Indian journal of veterinary science and animal husbandry - Volume 2,
Year: 1932
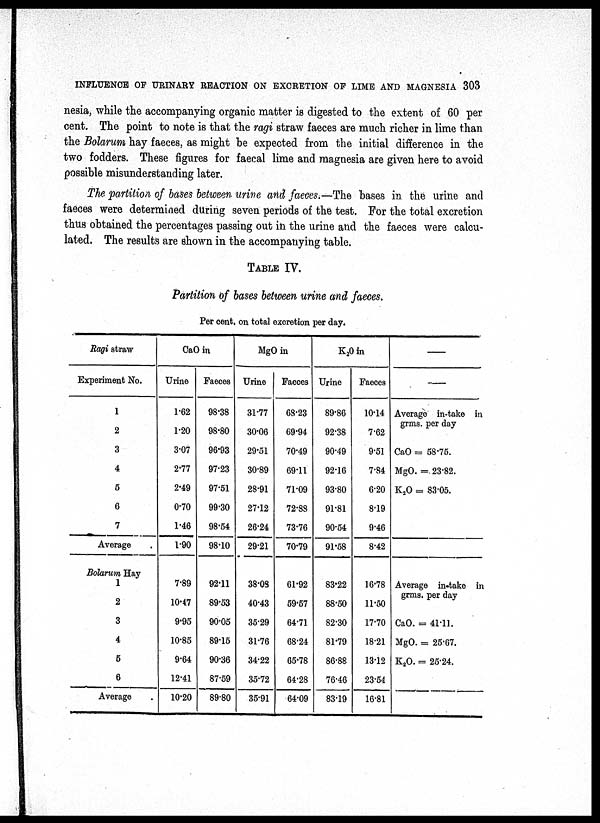
INFLUENCE OF URINARY REACTION ON EXCRETION OF LIME AND MAGNESIA 303
nesia, while the accompanying organic matter is digested to the extent of 60 per
cent. The point to note is that the ragi straw faeces are much richer in lime than
the Bolarum hay faeces, as might be expected from the initial difference in the
two fodders. These figures for faecal lime and magnesia are given here to avoid
possible misunderstanding later.
The partition of bases between urine and faeces.—The bases in the urine and
faeces were determined during seven periods of the test. For the total excretion
thus obtained the percentages passing out in the urine and the faeces were calcu-
lated. The results are shown in the accompanying table.
TABLE IV.
Partition of bases between urine and faeces.
Per cent. on total excretion per day.
Ragi straw
Experiment No.
1
2
3
4
5
6
7
Average
Bolarum Hay
1
2
3
4
5
6
Average
CaO in
Urine
1.62
1.20
3.07
2.77
2.49
0.70
1.46
1.90
7.89
10.47
9.95
10.85
9.64
12.41
10.20
Faeces
98.38
98.80
96.93
97.23
97.51
99.30
98.54
98.10
92.11
89.53
90.05
89.15
90.36
87.59
89.80
MgO in
Urine
31.77
30.06
29.51
30.89
28.91
27.12
26.24
29.21
38.08
40.43
35.29
31.76
34.22
35.72
35.91
Faeces
68.23
69.94
70.49
69.11
71.09
72.88
73.76
70.79
61.92
59.57
64.71
68.24
65.78
64.28
64.09
K 2 O in
Urine
89.86
92.38
90.49
92.16
93.80
91.81
90.54
91.58
83.22
88.50
82.30
81.79
86.88
76.46
83.19
Faeces
10.14
7.62
9.51
7.84
6.20
8.19
9.46
8.42
16.78
11.50
17.70
18.21
13.12
23.54
16.81
—
—
Average in-take in
grms. per day
CaO = 58.75.
MgO. = 23.82.
K 2 O = 83.05.
Average in-take in
grms. per day
CaO. = 41.11.
MgO. = 25.67.
K 2 O. = 25.24.